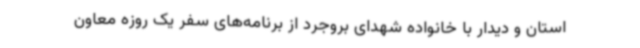
استان و دیدار با خانواده شهدای بروجرد از برنامه‌های سفر یک روزه معاون